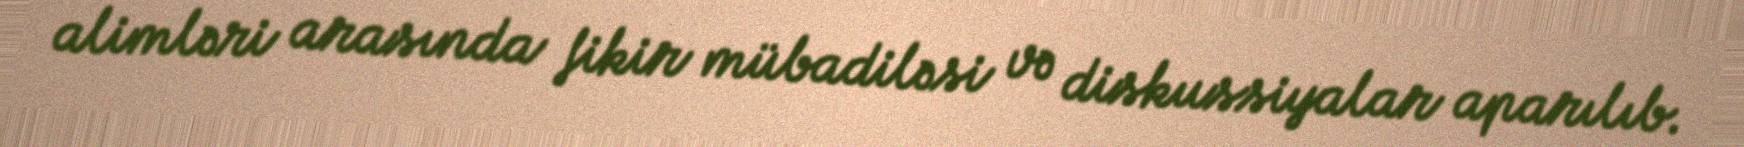
alimləri arasında fikir mübadiləsi və diskussiyalar aparılıb.